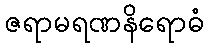
ဇရာမရဏနိရောဓံ